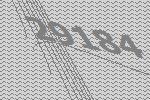
29184